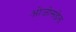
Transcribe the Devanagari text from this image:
ओजोसडेल